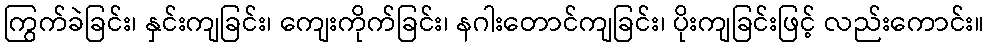
ကြွက်ခဲခြင်း၊ နှင်းကျခြင်း၊ ကျေးကိုက်ခြင်း၊ နဂါးတောင်ကျခြင်း၊ ပိုးကျခြင်းဖြင့် လည်းကောင်း။